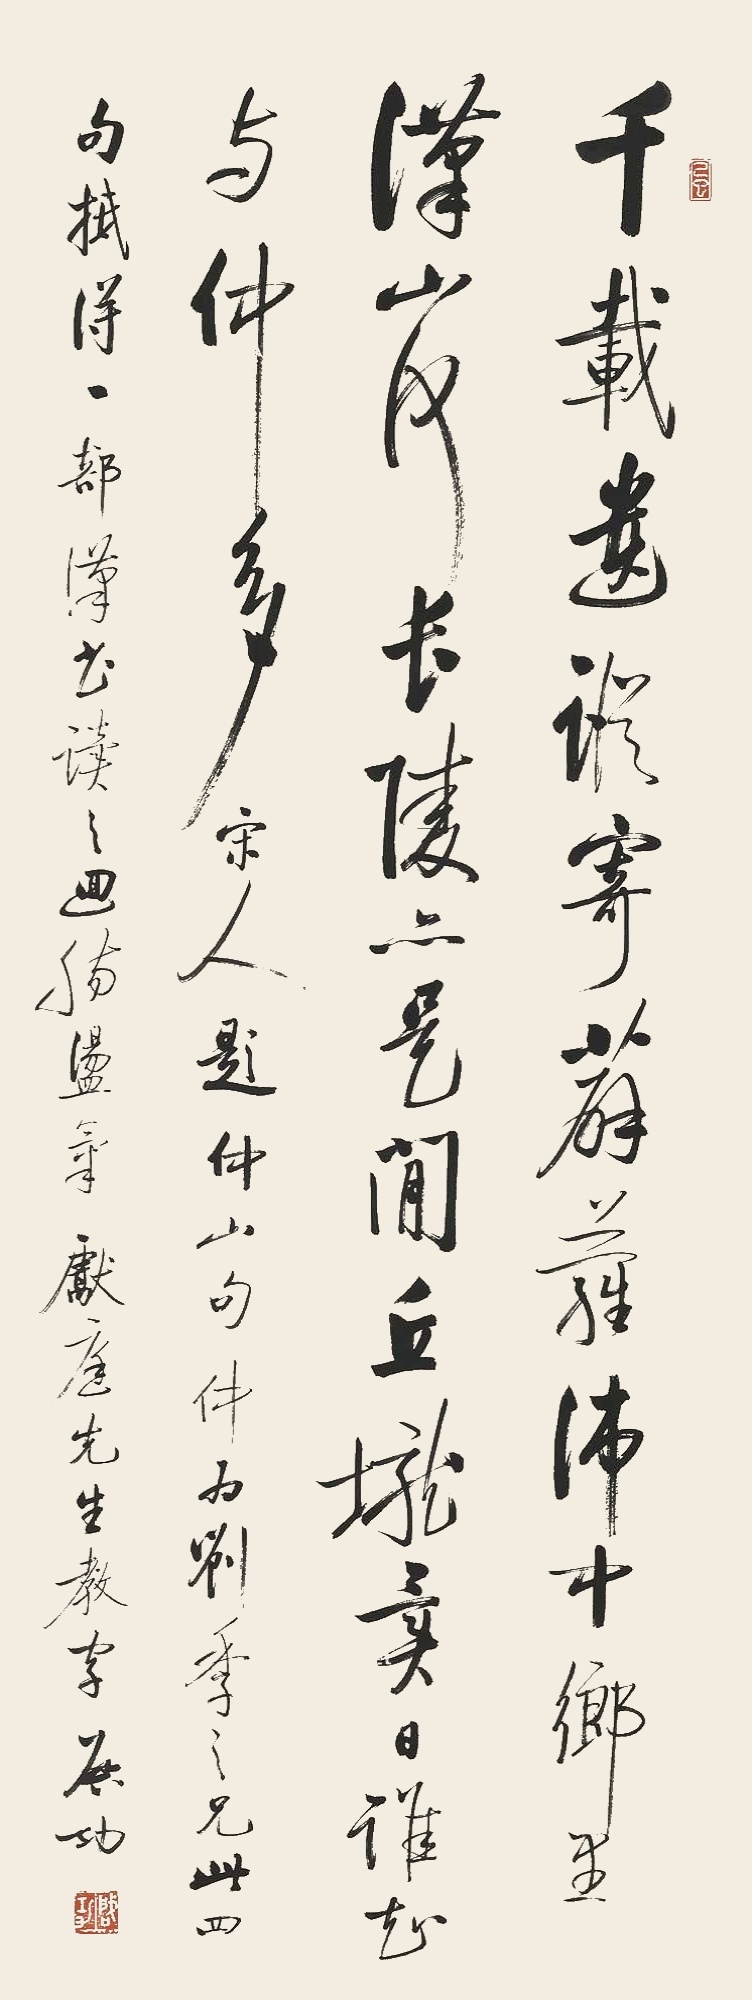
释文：千载遗踪寄薜萝，沛中乡里汉山河。长陵亦是闲丘陇，异日谁知与仲多。宋人题仲山句。仲为刘季之兄，此四句抵得一部汉书，读之回肠荡气。献庭先生教字，启功。